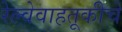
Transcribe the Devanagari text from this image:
रेल्वेवाहतूकीचे